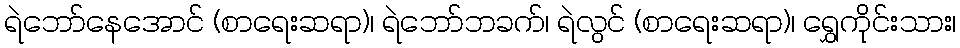
ရဲဘော်နေအောင် (စာရေးဆရာ)၊ ရဲဘော်ဘခက်၊ ရဲလွင် (စာရေးဆရာ)၊ ရွှေကိုင်းသား၊